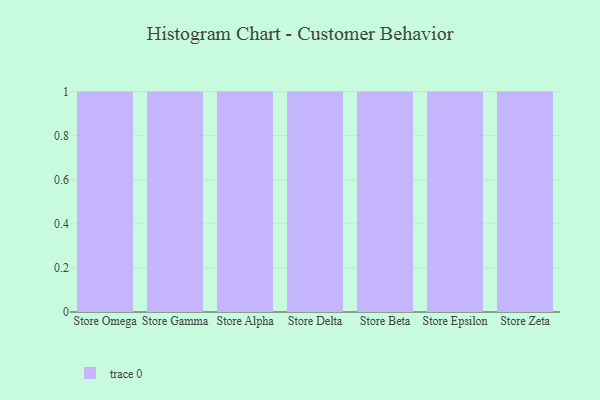
{"axis": {"x": "Store", "y": "Net Income (USD K)"}, "legend": [""], "data": [{"x": "Store Omega", "y": 71, "type": ""}, {"x": "Store Gamma", "y": 76, "type": ""}, {"x": "Store Alpha", "y": 44, "type": ""}, {"x": "Store Delta", "y": 97, "type": ""}, {"x": "Store Beta", "y": 17, "type": ""}, {"x": "Store Epsilon", "y": 83, "type": ""}, {"x": "Store Zeta", "y": 28, "type": ""}]}